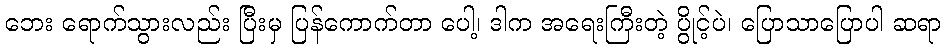
ဘေး ရောက်သွားလည်း ပြီးမှ ပြန်ကောက်တာ ပေါ့၊ ဒါက အရေးကြီးတဲ့ ပွိုင့်ပဲ၊ ပြောသာပြောပါ ဆရာ